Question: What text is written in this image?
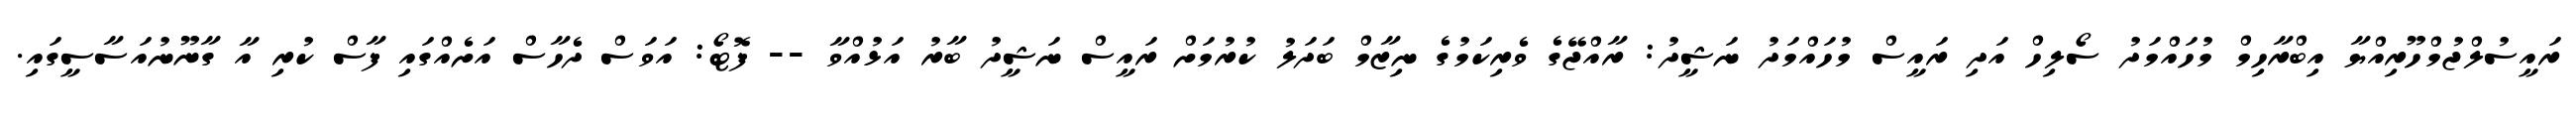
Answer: ރައީސުލްޖުމްހޫރިއްޔާ އިބްރާހިމް މުހައްމަދު ސޯލިހް އަދި ރައީސް މުހައްމަދު ނަޝީދު: ރާއްޖޭގެ ވެރިކަމުގެ ނިޒާމް ބަދަލު ކުރުމަށް ރައީސް ނަޝީދު ބާރު އަޅުއްވާ -- ފޮޓޯ: އަވަސް ދެހާސް އަށެއްގައި ފާސް ކުރި އާ ގާނޫނުއަސާސީގައި.